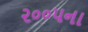
૨૦૦૫ના